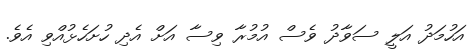
އަހުމަދު އަލީ ސަވާދު ވެސް އުމުރާ ވިސާ އަށް އެދި ހުށަހެޅުއްވި އެވެ.